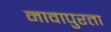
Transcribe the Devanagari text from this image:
नावापुरता